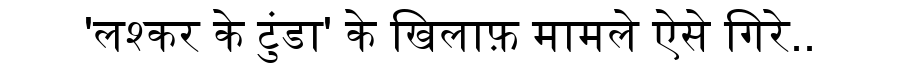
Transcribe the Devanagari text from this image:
'लश्कर के टुंडा' के खिलाफ़ मामले ऐसे गिरे..